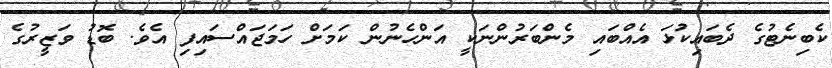
ކެބިނެޓުގެ ދެބައިކުޅަ އެއްބައި މެންބަރުންނަކީ އަންހެނުން ކަމަށް ހަމަޖައްސައިފި އެވެ. ބޮޑު ވަޒީރުގެ